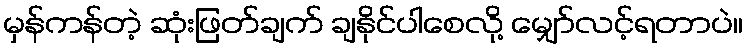
မှန်ကန်တဲ့ ဆုံးဖြတ်ချက် ချနိုင်ပါစေလို့ မျှော်လင့်ရတာပဲ။